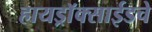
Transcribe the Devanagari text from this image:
हायड्राॅक्साईडचे